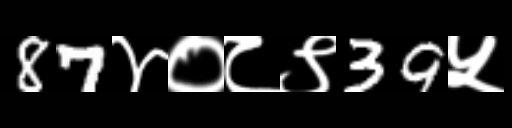
Text: 87४०८९39५